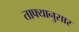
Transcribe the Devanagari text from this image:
ताफ्यानुसार